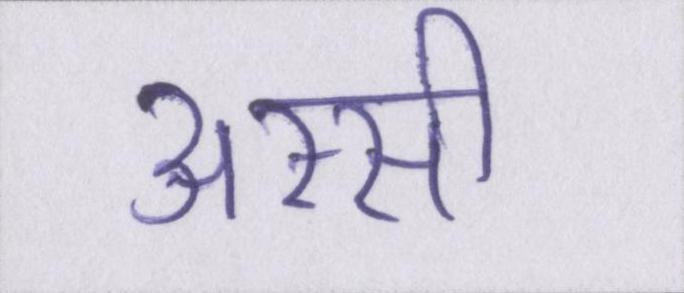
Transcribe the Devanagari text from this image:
अस्सी